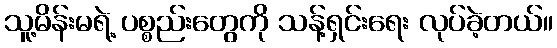
သူ့မိန်းမရဲ့ ပစ္စည်းတွေကို သန့်ရှင်းရေး လုပ်ခဲ့တယ်။